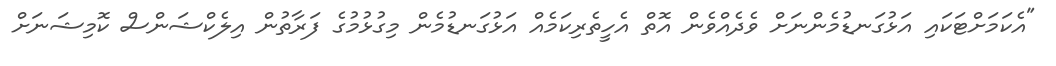
"އެކަމަށްޓަކައި އަޅުގަނޑުމެންނަށް ވެދެއްވެން އޮތް އެހީތެރިކަމެއް އަޅުގަނޑުމެން މިގުޅުމުގެ ފަރާތުން އިލެކްޝަންސް ކޮމިޝަނަށް